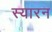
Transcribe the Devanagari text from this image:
स्यारन